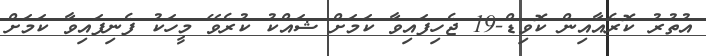
އުތުރު ކޮރެއާއިން ކޮވިޑް-19 ޖެހިފައިވާ ކަމަށް ޝައްކު ކުރެވޭ މީހަކު ފެނިފައިވާ ކަމަށް